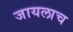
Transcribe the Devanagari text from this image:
जायलाच